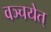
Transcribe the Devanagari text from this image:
वञ्चयेत्